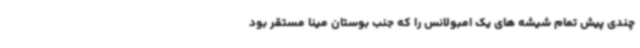
چندی پیش تمام شیشه های یک امبولانس را که جنب بوستان مینا مستقر بود